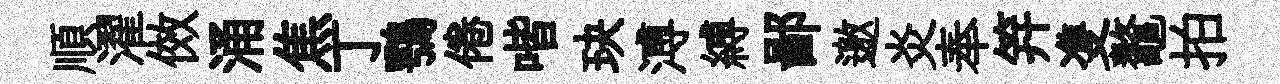
順濯傚涌焦丁鶚倦喈玦溥縛鄙邀炎奉笄㕠鼇拍